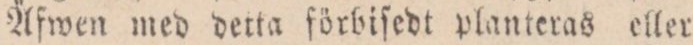
Äfwen med detta förbiſedt planteras eller